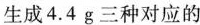
生成4.4g三种对应的